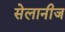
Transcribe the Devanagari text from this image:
सेलानीज